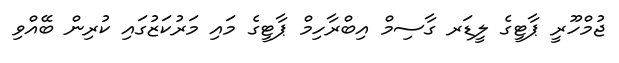
ޖުމްހޫރީ ޕާޓީގެ ލީޑަރ ގާސިމް އިބްރާހިމް ޕާޓީގެ މައި މަރުކަޒުގައި ކުރިން ބޭއްވި